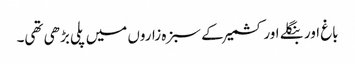
باغ اور بنگلے اور کشمیر کے سبزہ زاروں میں پلی بڑھی تھی۔